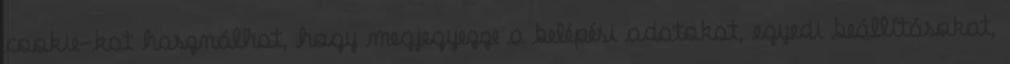
cookie-kat használhat, hogy megjegyezze a belépési adatokat, egyedi beállításokat,